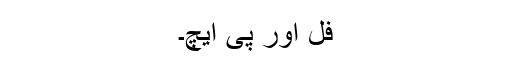
فل اور پی ایچ۔